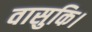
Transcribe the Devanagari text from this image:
वासुकि।